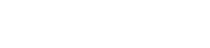
ကျွန်တော်ပြန်လာခဲ့ပါ့မယ်